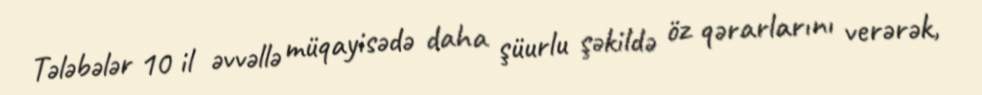
Tələbələr 10 il əvvəllə müqayisədə daha şüurlu şəkildə öz qərarlarını verərək,